Indian journal of veterinary science and animal husbandry - Volumes 18-21, 1948-1951
Year: 1948
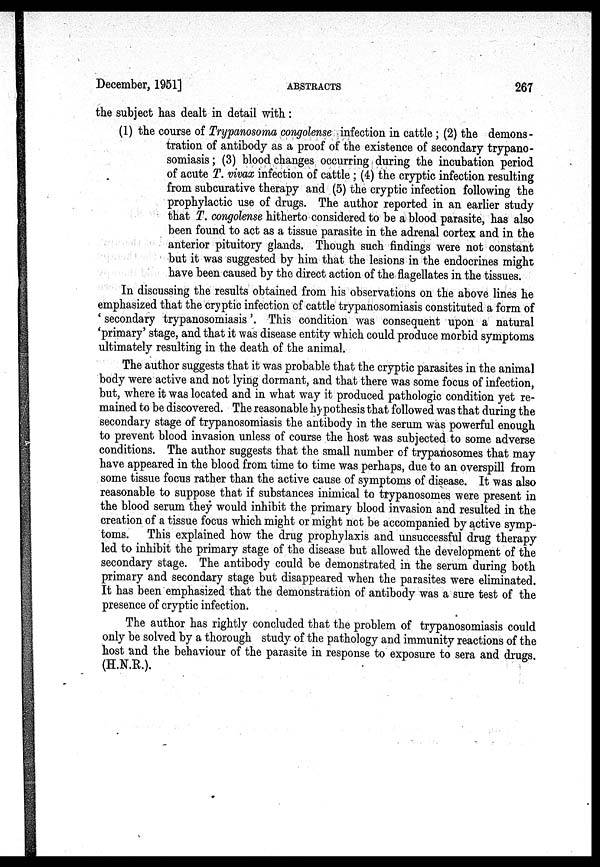
December, 1951]
ABSTRACTS
267
the subject has dealt in detail with:
(1) the course of Trypanosoma congolense infection in cattle; (2) the demons-
tration of antibody as a proof of the existence of secondary trypano-
somiasis; (3) blood changes occurring during the incubation period
of acute T. vivax infection of cattle; (4) the cryptic infection resulting
from subcurative therapy and (5) the cryptic infection following the
prophylactic use of drugs. The author reported in an earlier study
that T. congolense hitherto considered to be a blood parasite, has also
been found to act as a tissue parasite in the adrenal cortex and in the
anterior pituitory glands. Though such findings were not constant
but it was suggested by him that the lesions in the endocrines might
have been caused by the direct action of the flagellates in the tissues.
In discussing the results obtained from his observations on the above lines he
emphasized that the cryptic infection of cattle trypanosomiasis constituted a form of
'secondary trypanosomiasis'. This condition was consequent upon a natural
'primary' stage, and that it was disease entity which could produce morbid symptoms
ultimately resulting in the death of the animal.
The author suggests that it was probable that the cryptic parasites in the animal
body were active and not lying dormant, and that there was some focus of infection,
but, where it was located and in what way it produced pathologic condition yet re-
mained to be discovered. The reasonable hypothesis that followed was that during the
secondary stage of trypanosomiasis the antibody in the serum was powerful enough
to prevent blood invasion unless of course the host was subjected to some adverse
conditions. The author suggests that the small number of trypanosomes that may
have appeared in the blood from time to time was perhaps, due to an overspill from
some tissue focus rather than the active cause of symptoms of disease. It was also
reasonable to suppose that if substances inimical to trypanosomes were present in
the blood serum they would inhibit the primary blood invasion and resulted in the
creation of a tissue focus which might or might not be accompanied by active symp-
toms. This explained how the drug prophylaxis and unsuccessful drug therapy
led to inhibit the primary stage of the disease but allowed the development of the
secondary stage. The antibody could be demonstrated in the serum during both
primary and secondary stage but disappeared when the parasites were eliminated.
It has been emphasized that the demonstration of antibody was a sure test of the
presence of cryptic infection.
The author has rightly concluded that the problem of trypanosomiasis could
only be solved by a thorough study of the pathology and immunity reactions of the
host and the behaviour of the parasite in response to exposure to sera and drugs.
(H.N.R.).